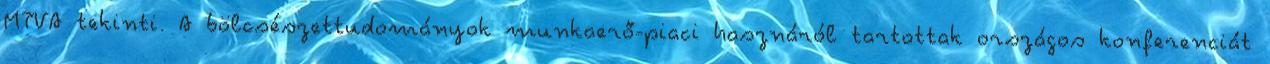
MTVA tekinti. A bölcsészettudományok munkaerő-piaci hasznáról tartottak országos konferenciát